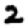
Digit: 2